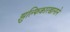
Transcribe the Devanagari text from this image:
झुल्फिकारखानाने